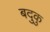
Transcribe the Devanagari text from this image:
बदुकु